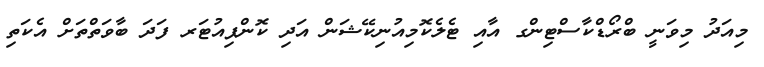
މިއަދު މިވަނީ ބްރޯޑްކާސްޓިންގ އާއި ޓެލެކޮމިއުނިކޭޝަން އަދި ކޮންޕިއުޓަރ ފަދަ ބާވަތްތަށް އެކަތި